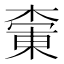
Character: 𪳚